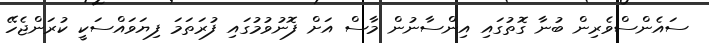
ސައެންސްވެރިން ބުނާ ގޮތުގައި އިންސާނުން މާސް އަށް ފޮނުވުމުގައި ފުރަތަމަ ފިޔަވައްސަކީ ކުރަންޖެހޭ